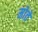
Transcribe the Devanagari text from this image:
मोतें